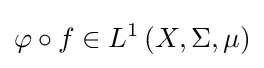
\varphi \circ f\in L^{1}\left(X,\Sigma ,\mu \right)